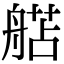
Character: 𬜗